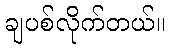
ချပစ်လိုက်တယ်။